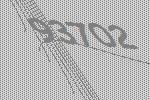
93702